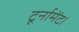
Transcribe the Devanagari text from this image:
टूर्नामेंट।